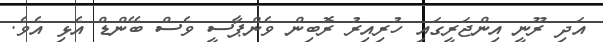
އަދި ރޫނީ އިންޖަރީގައި ހުރިއިރު ރޮބިން ވެންޕާސީ ވެސް ބޭންޑް އެޅި އެވެ.